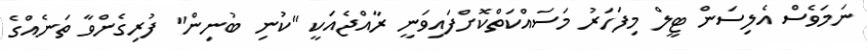
ނަމަވެސް އެލިސަން ޓީލް މިފަހަރު މަސައްކަތްކޮށްފައިވަނީ ރާއްޖެއަކީ "ކުނި ބުނިން" ފުރިގެންވާ ތަނެއްގެ